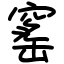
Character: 窰